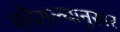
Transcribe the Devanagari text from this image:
कौशल्यानुसार